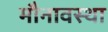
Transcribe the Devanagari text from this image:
मौनावस्था